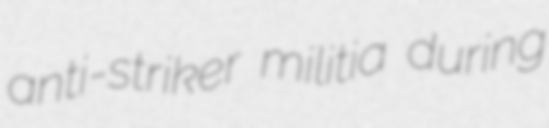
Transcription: anti-striker militia during